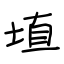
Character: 埴